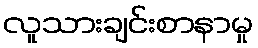
လူသားချင်းစာနာမှု